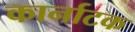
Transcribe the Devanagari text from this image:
कार्नाटक